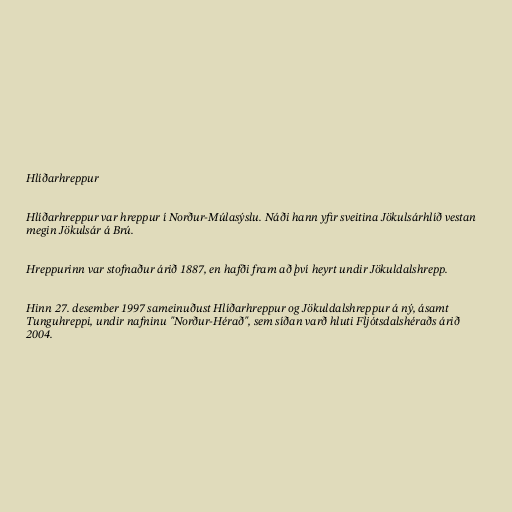
Hlíðarhreppur

Hlíðarhreppur var hreppur í Norður-Múlasýslu. Náði hann yfir sveitina Jökulsárhlíð vestan
megin Jökulsár á Brú.

Hreppurinn var stofnaður árið 1887, en hafði fram að því heyrt undir Jökuldalshrepp.

Hinn 27. desember 1997 sameinuðust Hlíðarhreppur og Jökuldalshreppur á ný, ásamt
Tunguhreppi, undir nafninu "Norður-Hérað", sem síðan varð hluti Fljótsdalshéraðs árið
2004.